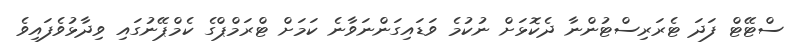
ސްޓޭޓް ފަދަ ޓެރަރިސްޓުންނާ ދެކޮޅަށް ނުކުމެ ވަޑައިގަންނަވާނެ ކަމަށް ޓްރަމްޕްގެ ކެމްޕޭނުގައި ވިދާޅުވެފައިވެ